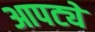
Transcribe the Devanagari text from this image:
आपट्ये